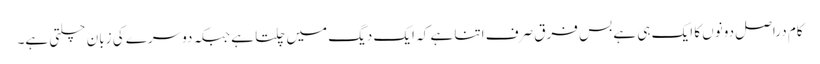
کام دراصل دونوں کا ایک ہی ہے بس فرق صرف اتنا ہے کہ ایک دیگ میں چلتا ہے جبکہ دوسرے کی زبان چلتی ہے۔